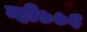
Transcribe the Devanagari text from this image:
व्ही७७६